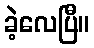
ခဲ့လေပြီ။